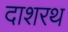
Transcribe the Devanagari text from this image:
दाशरथ